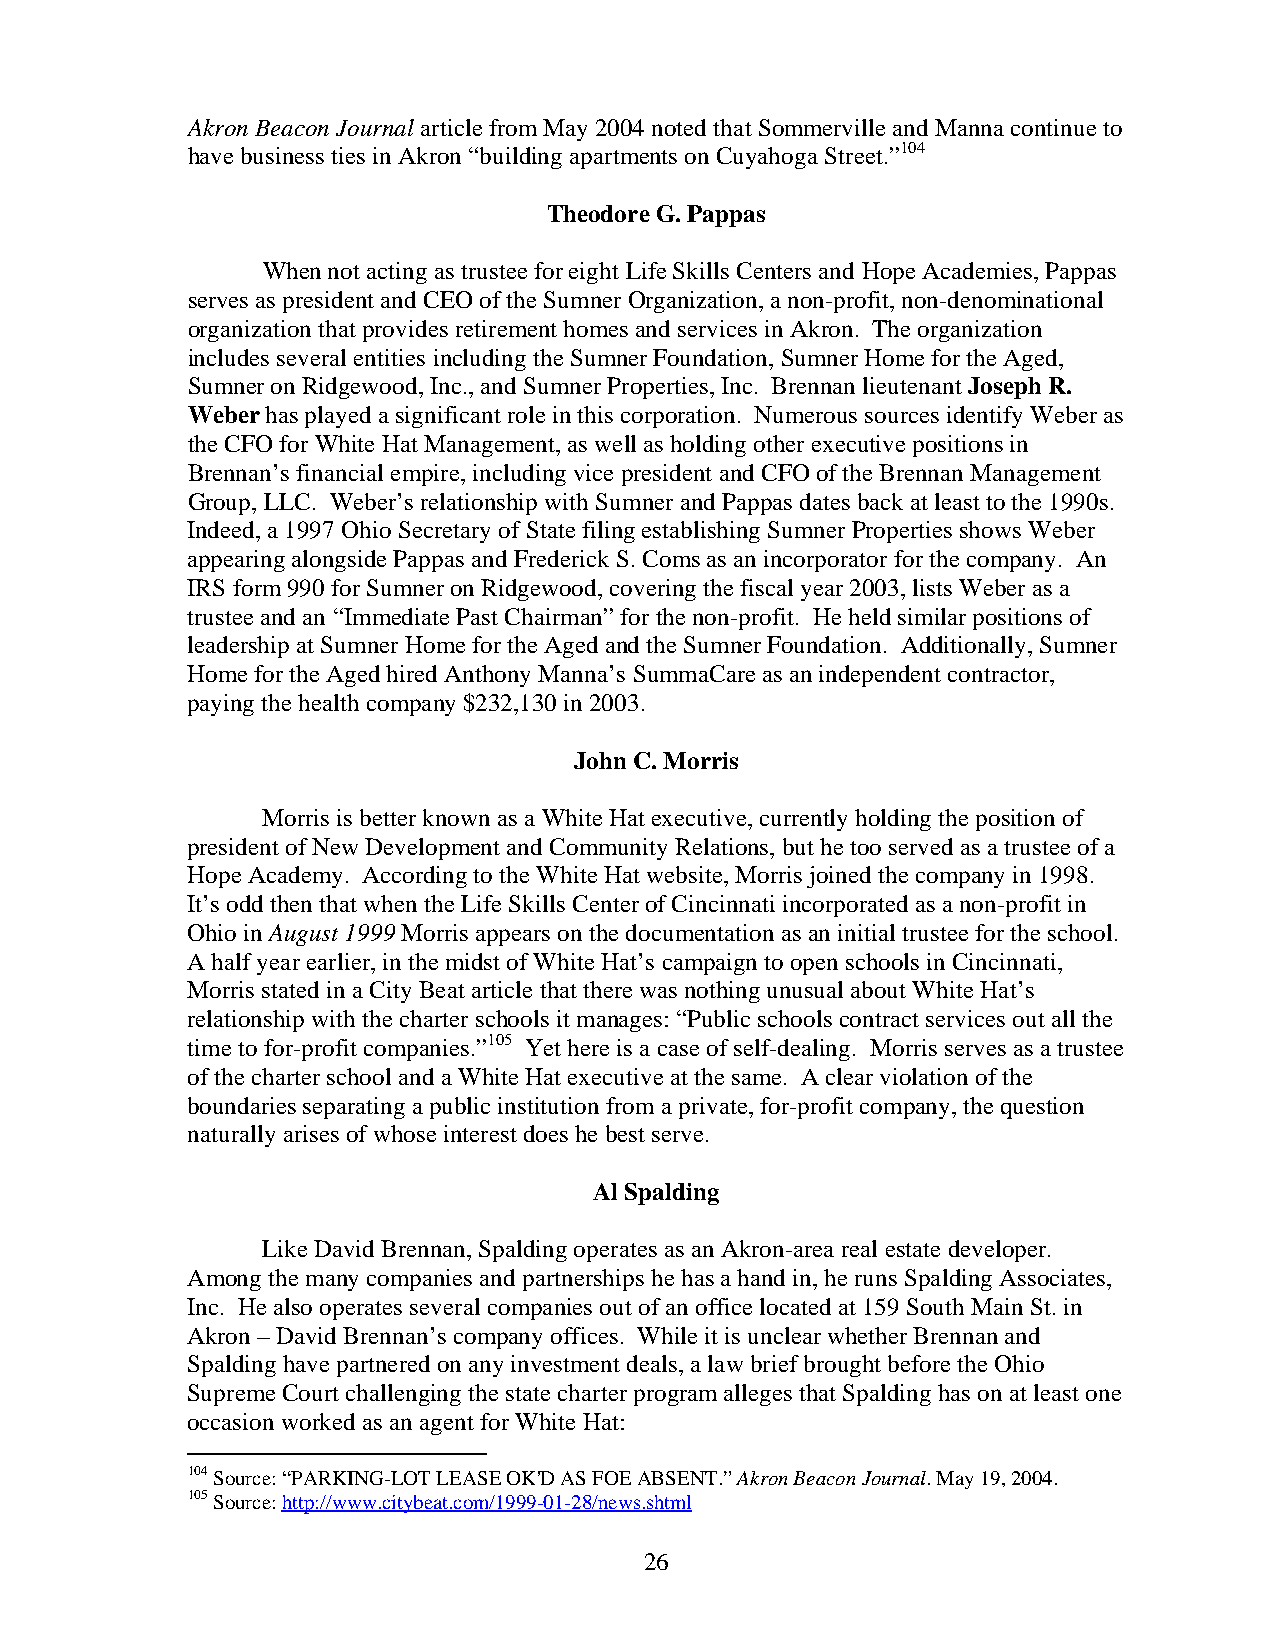
Akron Beacon Journal article from May 2004 noted that Sommerville and Manna continue to
 have business ties in Akron “building apartments on Cuyahoga Street.”104
 Theodore G. Pappas
 When not acting as trustee for eight Life Skills Centers and Hope Academies, Pappas
 serves as president and CEO of the Sumner Organization, a non-profit, non-denominational
 organization that provides retirement homes and services in Akron. The organization
 includes several entities including the Sumner Foundation, Sumner Home for the Aged,
 Sumner on Ridgewood, Inc., and Sumner Properties, Inc. Brennan lieutenant Joseph R.
 Weber has played a significant role in this corporation. Numerous sources identify Weber as
 the CFO for White Hat Management, as well as holding other executive positions in
 Brennan’s financial empire, including vice president and CFO of the Brennan Management
 Group, LLC. Weber’s relationship with Sumner and Pappas dates back at least to the 1990s.
 Indeed, a 1997 Ohio Secretary of State filing establishing Sumner Properties shows Weber
 appearing alongside Pappas and Frederick S. Coms as an incorporator for the company. An
 IRS form 990 for Sumner on Ridgewood, covering the fiscal year 2003, lists Weber as a
 trustee and an “Immediate Past Chairman” for the non-profit. He held similar positions of
 leadership at Sumner Home for the Aged and the Sumner Foundation. Additionally, Sumner
 Home for the Aged hired Anthony Manna’s SummaCare as an independent contractor,
 paying the health company $232,130 in 2003.
 John C. Morris
 Morris is better known as a White Hat executive, currently holding the position of
 president of New Development and Community Relations, but he too served as a trustee of a
 Hope Academy. According to the White Hat website, Morris joined the company in 1998.
 It’s odd then that when the Life Skills Center of Cincinnati incorporated as a non-profit in
 Ohio in August 1999 Morris appears on the documentation as an initial trustee for the school.
 A half year earlier, in the midst of White Hat’s campaign to open schools in Cincinnati,
 Morris stated in a City Beat article that there was nothing unusual about White Hat’s
 relationship with the charter schools it manages: “Public schools contract services out all the
 time to for-profit companies.”105 Yet here is a case of self-dealing. Morris serves as a trustee
 of the charter school and a White Hat executive at the same. A clear violation of the
 boundaries separating a public institution from a private, for-profit company, the question
 naturally arises of whose interest does he best serve.
 Al Spalding
 Like David Brennan, Spalding operates as an Akron-area real estate developer.
 Among the many companies and partnerships he has a hand in, he runs Spalding Associates,
 Inc. He also operates several companies out of an office located at 159 South Main St. in
 Akron – David Brennan’s company offices. While it is unclear whether Brennan and
 Spalding have partnered on any investment deals, a law brief brought before the Ohio
 Supreme Court challenging the state charter program alleges that Spalding has on at least one
 occasion worked as an agent for White Hat:
 104 Source: “PARKING-LOT LEASE OK'D AS FOE ABSENT.” Akron Beacon Journal. May 19, 2004.
 105 Source: http://www.citybeat.com/1999-01-28/news.shtml
 26